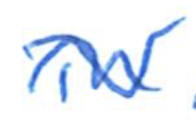
Text: in
Cross-out: wave
Writing tool: ballpoint